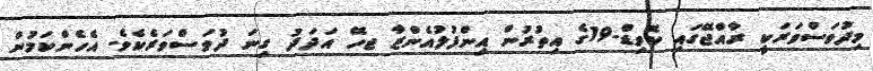
މިދުވަސްވަރަކީ ރާއްޖޭގައި ކޮވިޑް-19ގެ އިތުރުން އިންފުލުއެންޒާ ޖހޭ އަދަދު ގިނަ ދުވަސްވަރެކެވެ. އެހެންކަމުން